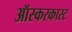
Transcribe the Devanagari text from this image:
ऑस्करकास्ट